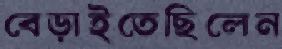
বেড়াইতেছিলেন